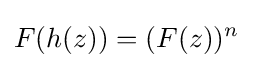
F(h(z))=(F(z))^{n}